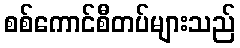
စစ်ကောင်စီတပ်များသည်